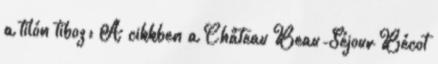
a tilón tiboz: A cikkben a Château Beau-Séjour Bécot